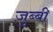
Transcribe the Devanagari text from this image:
ज़ुब्बी